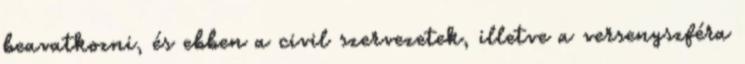
beavatkozni, és ebben a civil szervezetek, illetve a versenyszféra